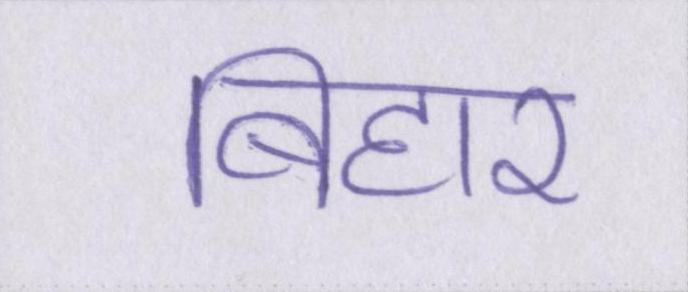
बिहार